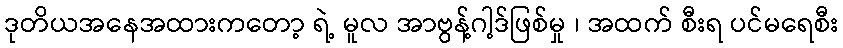
ဒုတိယအနေအထားကတော့ ရဲ့ မူလ အာဗွန့်ဂါ့ဒ်ဖြစ်မှု ၊ အထက် စီးရ ပင်မရေစီး